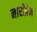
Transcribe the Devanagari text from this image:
नारीप्रेम